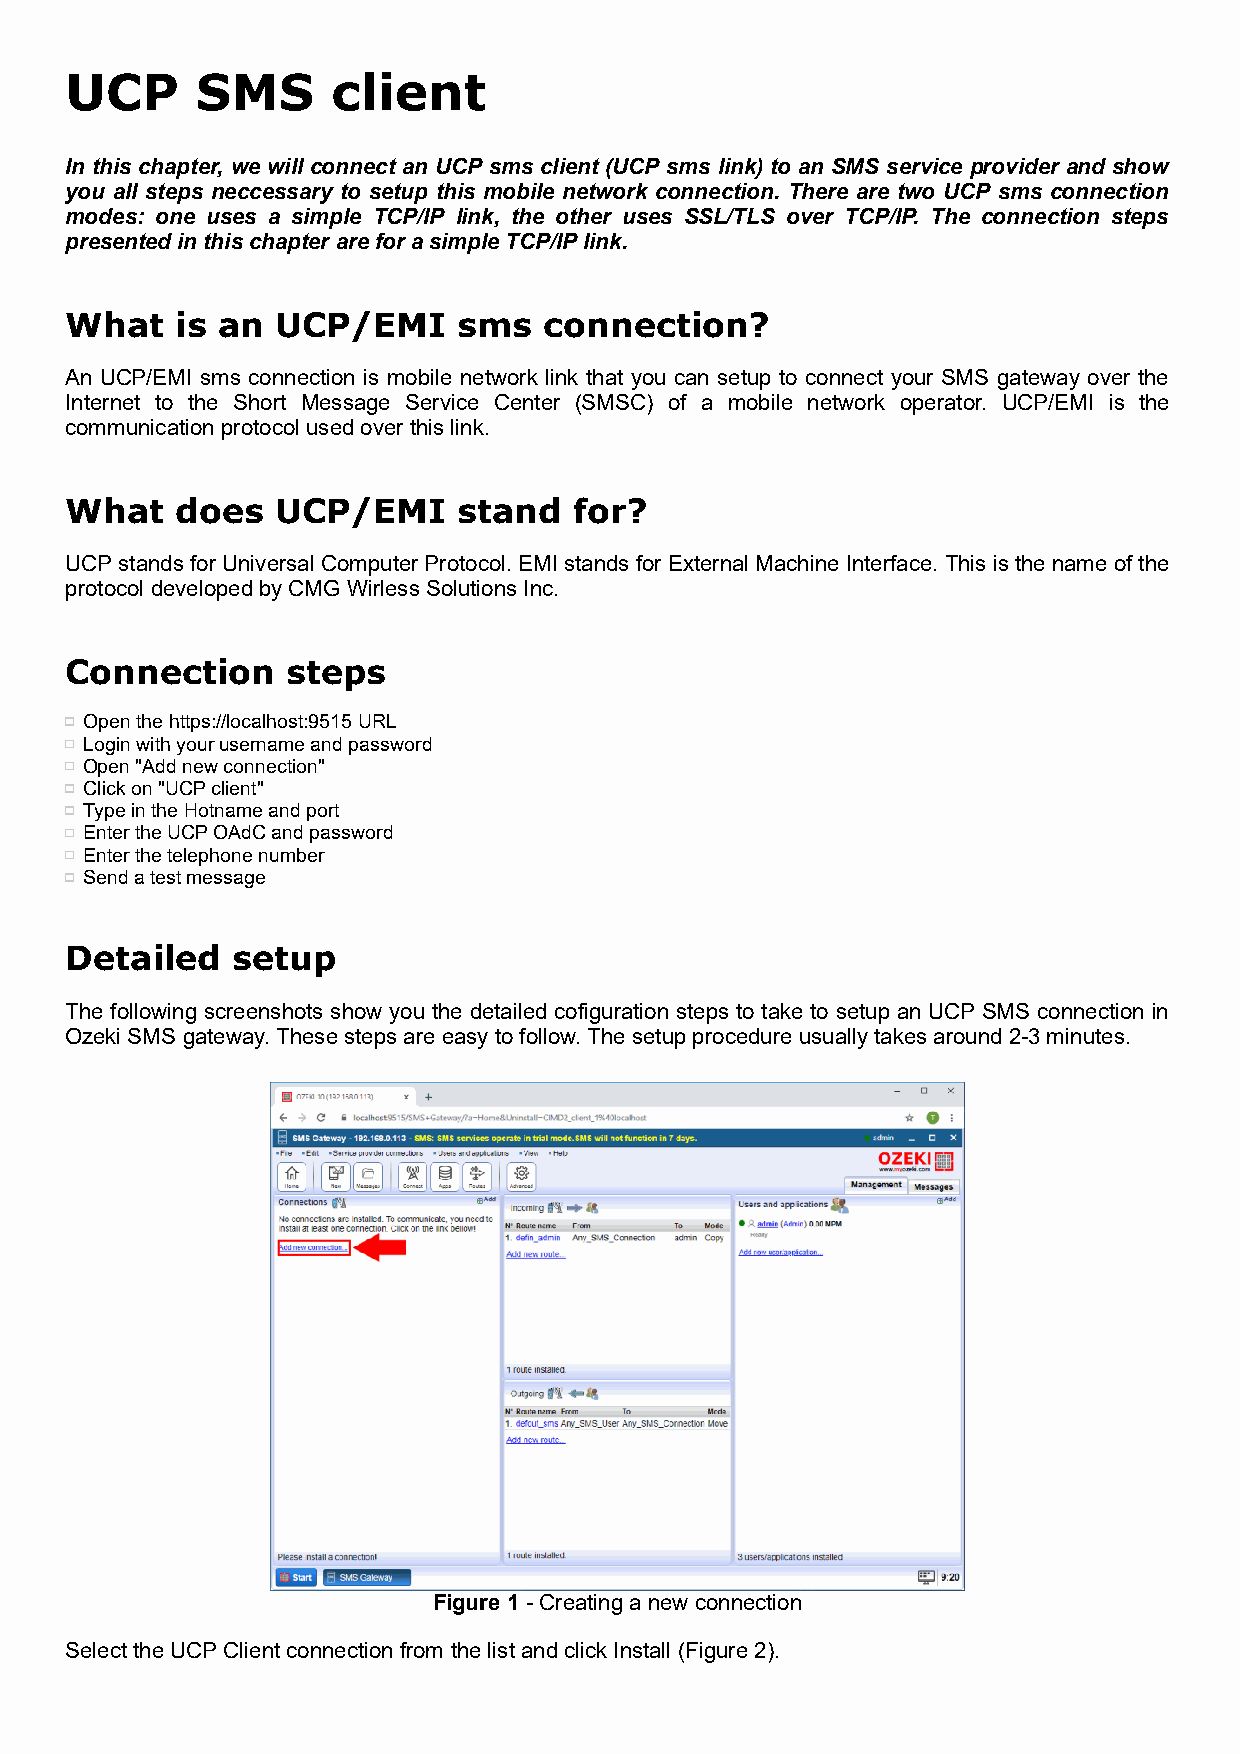
UCP      SMS      client
 In this chapter, we will connect an UCP sms client (UCP sms link) to an SMS service provider and show
 you all steps neccessary to setup this mobile network connection. There are two UCP sms connection
 modes: one uses a simple TCP/IP link, the other uses SSL/TLS over TCP/IP. The connection steps
 presented in this chapter are for a simple TCP/IP link.
 What    is an UCP/EMI     sms   connection?
 An UCP/EMI sms connection is mobile network link that you can setup to connect your SMS gateway over the
 Internet to the Short Message Service Center (SMSC) of a mobile network operator. UCP/EMI is the
 communication protocol used over this link.
 What    does  UCP/EMI     stand   for?
 UCP stands for Universal Computer Protocol. EMI stands for External Machine Interface. This is the name of the
 protocol developed by CMG Wirless Solutions Inc.
 Connection     steps
 Open the https://localhost:9515 URL
 Login with your username and password
 Open "Add new connection"
 Click on "UCP client"
 Type in the Hotname and port
 Enter the UCP OAdC and password
 Enter the telephone number
 Send a test message
 Detailed   setup
 The following screenshots show you the detailed cofiguration steps to take to setup an UCP SMS connection in
 Ozeki SMS gateway. These steps are easy to follow. The setup procedure usually takes around 2-3 minutes.
 Figure 1 - Creating a new connection
 Select the UCP Client connection from the list and click Install (Figure 2).